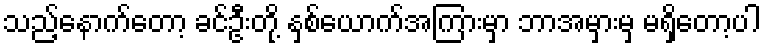
သည့်နောက်တော့ ခင်ဦးတို့ နှစ်ယောက်အကြားမှာ ဘာအမှားမှ မရှိတော့ပါ